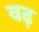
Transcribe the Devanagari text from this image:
वढ़